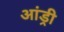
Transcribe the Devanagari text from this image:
आंड्री